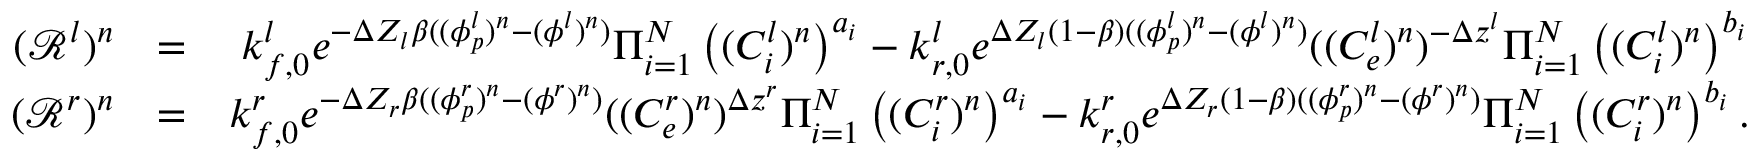
\begin{array} { r l r } { ( \mathcal { R } ^ { l } ) ^ { n } } & { = } & { k _ { f , 0 } ^ { l } e ^ { - \Delta Z _ { l } \beta ( ( \phi _ { p } ^ { l } ) ^ { n } - ( \phi ^ { l } ) ^ { n } ) } \Pi _ { i = 1 } ^ { N } \left( ( C _ { i } ^ { l } ) ^ { n } \right) ^ { a _ { i } } - k _ { r , 0 } ^ { l } e ^ { \Delta Z _ { l } ( 1 - \beta ) ( ( \phi _ { p } ^ { l } ) ^ { n } - ( \phi ^ { l } ) ^ { n } ) } ( ( C _ { e } ^ { l } ) ^ { n } ) ^ { - \Delta z ^ { l } } \Pi _ { i = 1 } ^ { N } \left( ( C _ { i } ^ { l } ) ^ { n } \right) ^ { b _ { i } } } \\ { ( \mathcal { R } ^ { r } ) ^ { n } } & { = } & { k _ { f , 0 } ^ { r } e ^ { - \Delta Z _ { r } \beta ( ( \phi _ { p } ^ { r } ) ^ { n } - ( \phi ^ { r } ) ^ { n } ) } ( ( C _ { e } ^ { r } ) ^ { n } ) ^ { \Delta z ^ { r } } \Pi _ { i = 1 } ^ { N } \left( ( C _ { i } ^ { r } ) ^ { n } \right) ^ { a _ { i } } - k _ { r , 0 } ^ { r } e ^ { \Delta Z _ { r } ( 1 - \beta ) ( ( \phi _ { p } ^ { r } ) ^ { n } - ( \phi ^ { r } ) ^ { n } ) } \Pi _ { i = 1 } ^ { N } \left( ( C _ { i } ^ { r } ) ^ { n } \right) ^ { b _ { i } } . } \end{array}